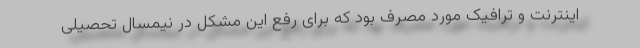
اینترنت و ترافیک مورد مصرف بود که برای رفع این مشکل در نیمسال تحصیلی